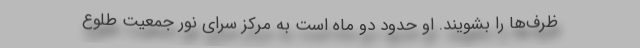
ظرف‌ها را بشویند. او حدود دو ماه است به مرکز سرای نور جمعیت طلوع